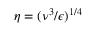
\eta = ( \nu ^ { 3 } / \epsilon ) ^ { 1 / 4 }